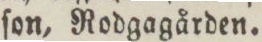
ſon, Rodgagården.